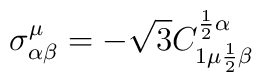
\sigma^{\mu}_{\alpha\beta}=-\sqrt{3} C^{{1\over 2}\alpha}_{1\mu{1\over 2}\beta}